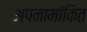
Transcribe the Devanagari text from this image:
अपनामांकित